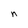
Character: n